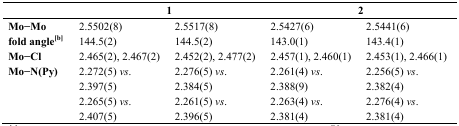
|  | <COLSPAN=2> 1 | <COLSPAN=2> 2 |
 | --- | --- | --- | --- | --- |
 | Mo−Mo | 2.5502(8) | 2.5517(8) | 2.5427(6) | 2.5441(6) |
 | fold angle[b] | 144.5(2) | 144.5(2) | 143.0(1) | 143.4(1) |
 | Mo−Cl | 2.465(2), 2.467(2) | 2.452(2), 2.477(2) | 2.457(1), 2.460(1) | 2.453(1), 2.466(1) |
 | <ROWSPAN=4> Mo−N(Py) | 2.272(5) vs. | 2.276(5) vs. | 2.261(4) vs. | 2.256(5) vs. |
 | 2.397(5) | 2.384(5) | 2.388(9) | 2.382(4) |
 | 2.265(5) vs. | 2.261(5) vs. | 2.263(4) vs. | 2.276(4) vs. |
 | 2.407(5) | 2.396(5) | 2.381(4) | 2.381(4) |